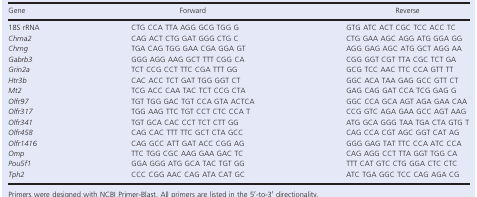
| Gene | Forward | Reverse |
 | --- | --- | --- |
 | 18S rRNA | CTG CCA TTA AGG GCG TGG G | GTG ATC ACT CGC TCC ACC TC |
 | Chrna2 | CAG ACT CTG GAT GGG CTG C | CTG GAA AGC AGG ATG GGA GG |
 | Chrng | TGA CAG TGG GAA CGA GGA GT | AGG GAG AGC ATG GCT AGG AA |
 | Gabrb3 | GGG AGG AAG GCT TTT CGG CA | CGG GGT CGT TTA CGC TCT GA |
 | Grin2a | TCT CCG CCT TTC CGA TTT GG | GCG TCC AAC TTC CCA GTT TT |
 | Htr3b | CAC ACC TCT GAT TGG GGT CT | GGC ACA TAA GAG GCC GTT CT |
 | Mt2 | TCG ACC CAA TAC TCT CCG CTA | GAG CAG GAT CCA TCG GAG G |
 | Olfr97 | TGT TGG GAC TGT CCA GTA ACTCA | GGC CCA GCA AGT AGA GAA CAA |
 | Olfr317 | TGG AAG TTC TGT CCT CTC CCA T | CCG GTC AGA GAA GCC AGT AAG |
 | Olfr341 | TGT GCA CAC CCT TCT CTT GG | ATG GCA GGG TAA TGA CTA GTG T |
 | Olfr458 | CAG CAC TTT TTC GCT CTA GCC | CAG CCA CGT AGC GGT CAT AG |
 | Olfr1416 | CAG GCC ATT GAT ACC CGG AG | GGG GAG TAT TTC CCA ATC CCA |
 | Omp | TTC TGG CGC AAG GAA GAC TC | CAG AGG CCT TTA GGT TGG CA |
 | Pou5f1 | GGA GGG ATG GCA TAC TGT GG | TTT CAT GTC CTG GGA CTC CTC |
 | Tph2 | CCC CGG AAC CAG ATA CAT GC | ATC TGA GGC TCC CAG AGA CG |